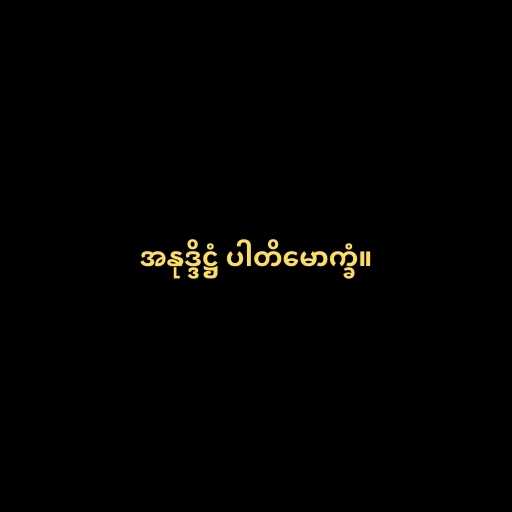
အနုဒ္ဒိဋ္ဌံ ပါတိမောက္ခံ။